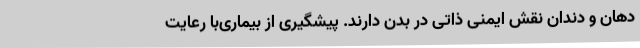
دهان و دندان نقش ایمنی ذاتی در بدن دارند. پیشگیری از بیماری‌با رعایت